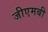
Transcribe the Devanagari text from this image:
जीएमबी